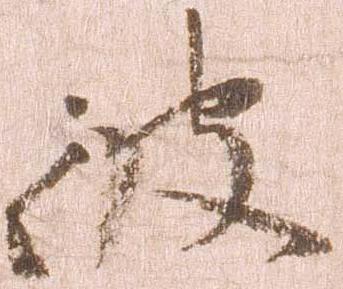
彼